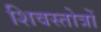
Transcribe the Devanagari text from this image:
शिवस्तोत्रों